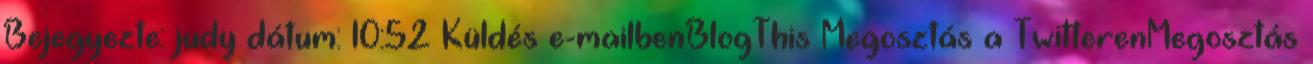
Bejegyezte: judy dátum: 10:52 Küldés e-mailbenBlogThis Megosztás a TwitterenMegosztás